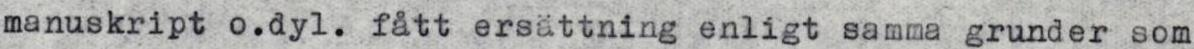
manuskript o.dyl. fått ersättning enligt samma grunder som